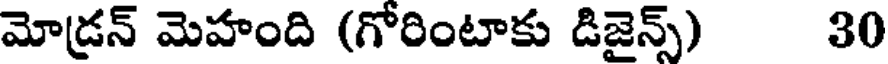
మోడ్రన్ మెహంది (గోరింటాకు డిజైన్స్) 30